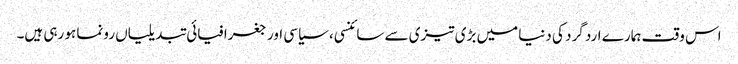
اس وقت ہمارے ارد گرد کی دنیا میں بڑی تیزی سے سائنسی، سیاسی اور جغرافیائی تبدیلیاں رونما ہو رہی ہیں۔